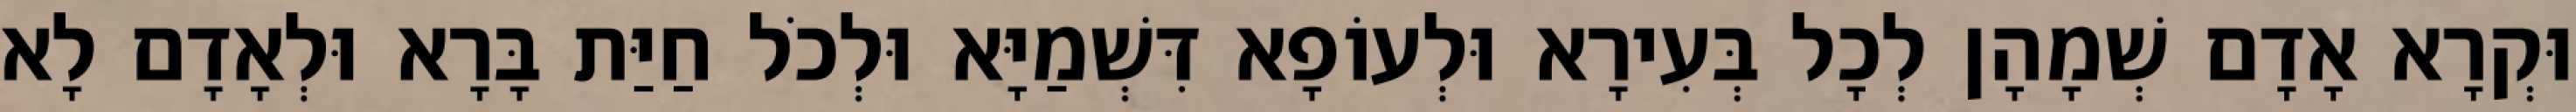
וּקְרָא אָדָם שְׁמָהָן לְכָל בְּעִירָא וּלְעוֹפָא דִּשְׁמַיָּא וּלְכֹל חַיַּת בָּרָא וּלְאָדָם לָא